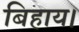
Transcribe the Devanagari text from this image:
बिहाय।